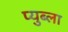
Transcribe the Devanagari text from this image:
प्युब्ला